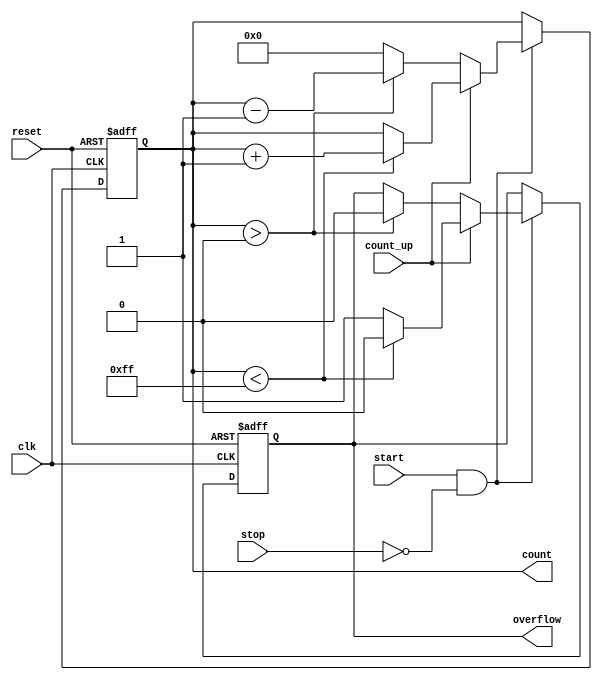
module MemoryBlocksWindowedCounter #(
    parameter COUNTER_WIDTH = 8, // Width of the counter
    parameter MAX_COUNT = (1 << COUNTER_WIDTH) - 1 // Maximum count value
)(
    input wire clk,               // Clock signal
    input wire reset,             // Reset signal
    input wire start,             // Start counting signal
    input wire stop,              // Stop counting signal
    input wire count_up,          // Count up or down control
    output reg [COUNTER_WIDTH-1:0] count, // Current count value
    output reg overflow           // Overflow flag
);

    // Memory block to store the count value
    reg [COUNTER_WIDTH-1:0] memory;

    always @(posedge clk or posedge reset) begin
        if (reset) begin
            // Reset the counter and memory
            count <= 0;
            memory <= 0;
            overflow <= 0;
        end else if (start && !stop) begin
            // Counting logic
            if (count_up) begin
                if (count < MAX_COUNT) begin
                    count <= count + 1;
                    memory <= count + 1; // Store the new count in memory
                    overflow <= 0; // No overflow
                end else begin
                    overflow <= 1; // Set overflow flag
                end
            end else begin
                if (count > 0) begin
                    count <= count - 1;
                    memory <= count - 1; // Store the new count in memory
                    overflow <= 0; // No overflow
                end else begin
                    count <= 0; // Prevent negative count
                    memory <= 0; // Store zero in memory
                end
            end
        end
    end

endmodule